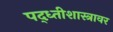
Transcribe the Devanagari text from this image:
पद्ध्तीशास्त्रावर